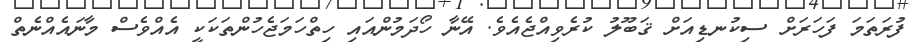
ފުރަތަމަ ފަހަރަށް ސިކުނޑިއަށް ޤަބޫލު ކުރެވިއްޖެއެވެ. އޭނާ ހޯދަމުންއައި ހިތްހަމަޖެހުންތަކަކީ އެއްވެސް މާނައެއްނެތް